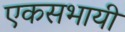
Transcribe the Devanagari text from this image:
एकसभायी